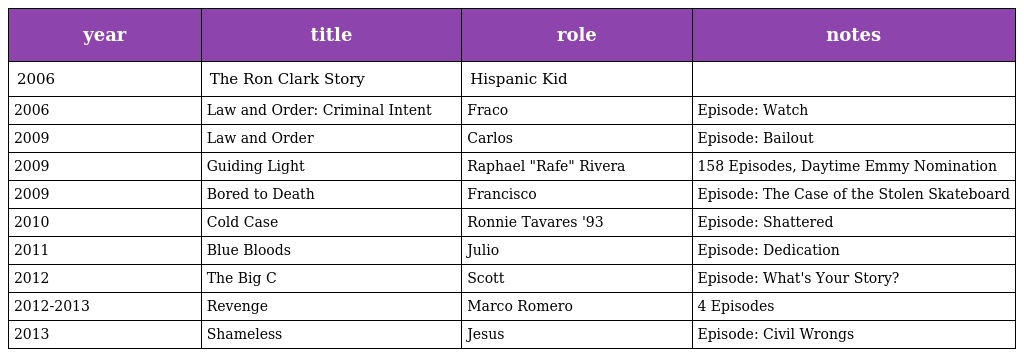
| year | title | role | notes |
 | --- | --- | --- | --- |
 | 2006 | The Ron Clark Story | Hispanic Kid |  |
 | 2006 | Law and Order: Criminal Intent | Fraco | Episode: Watch |
 | 2009 | Law and Order | Carlos | Episode: Bailout |
 | 2009 | Guiding Light | Raphael "Rafe" Rivera | 158 Episodes, Daytime Emmy Nomination |
 | 2009 | Bored to Death | Francisco | Episode: The Case of the Stolen Skateboard |
 | 2010 | Cold Case | Ronnie Tavares '93 | Episode: Shattered |
 | 2011 | Blue Bloods | Julio | Episode: Dedication |
 | 2012 | The Big C | Scott | Episode: What's Your Story? |
 | 2012-2013 | Revenge | Marco Romero | 4 Episodes |
 | 2013 | Shameless | Jesus | Episode: Civil Wrongs |